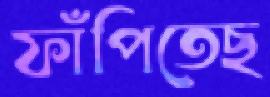
ফাঁপিতেছ